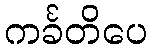
ကင်္ခတိပေ